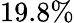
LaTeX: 19.8\%